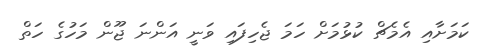
ކަމަށާއި އެމެޗް ކުޅުމަށް ހަމަ ޖެހިފައި ވަނީ އަންނަ ޖޫން މަހުގެ ހަތް